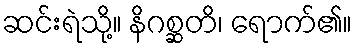
ဆင်းရဲသို့။ နိဂစ္ဆတိ၊ ရောက်၏။